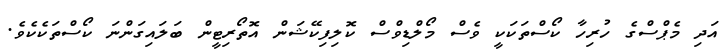
އަދި މެޕްސްގެ ހުރިހާ ކޯސްތަކަކީ ވެސް މޯލްޑިވްސް ކޮލިފިކޭޝަން އޮތޯރިޓީން ބަލައިގަންނަ ކޯސްތަކެކެވެ.